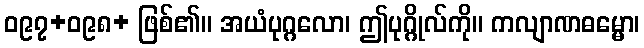
ဝ၉၇+ဝ၉၈+ ဖြစ်၏။ အယံပုဂ္ဂလော၊ ဤပုဂ္ဂိုလ်ကို။ ကလျာဏဓမ္မော၊